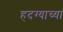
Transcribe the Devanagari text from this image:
हदग्याच्या